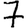
Digit: 7